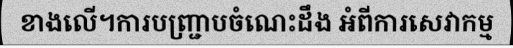
ខាងលើ។ការបញ្ជ្រាបចំណេះដឹង អំពីការសេវាកម្ម